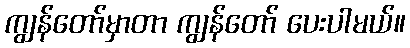
ကျွန်တော်မှာတာ ကျွန်တော် ပေးပါမယ်။